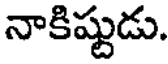
నాకిష్టుడు.